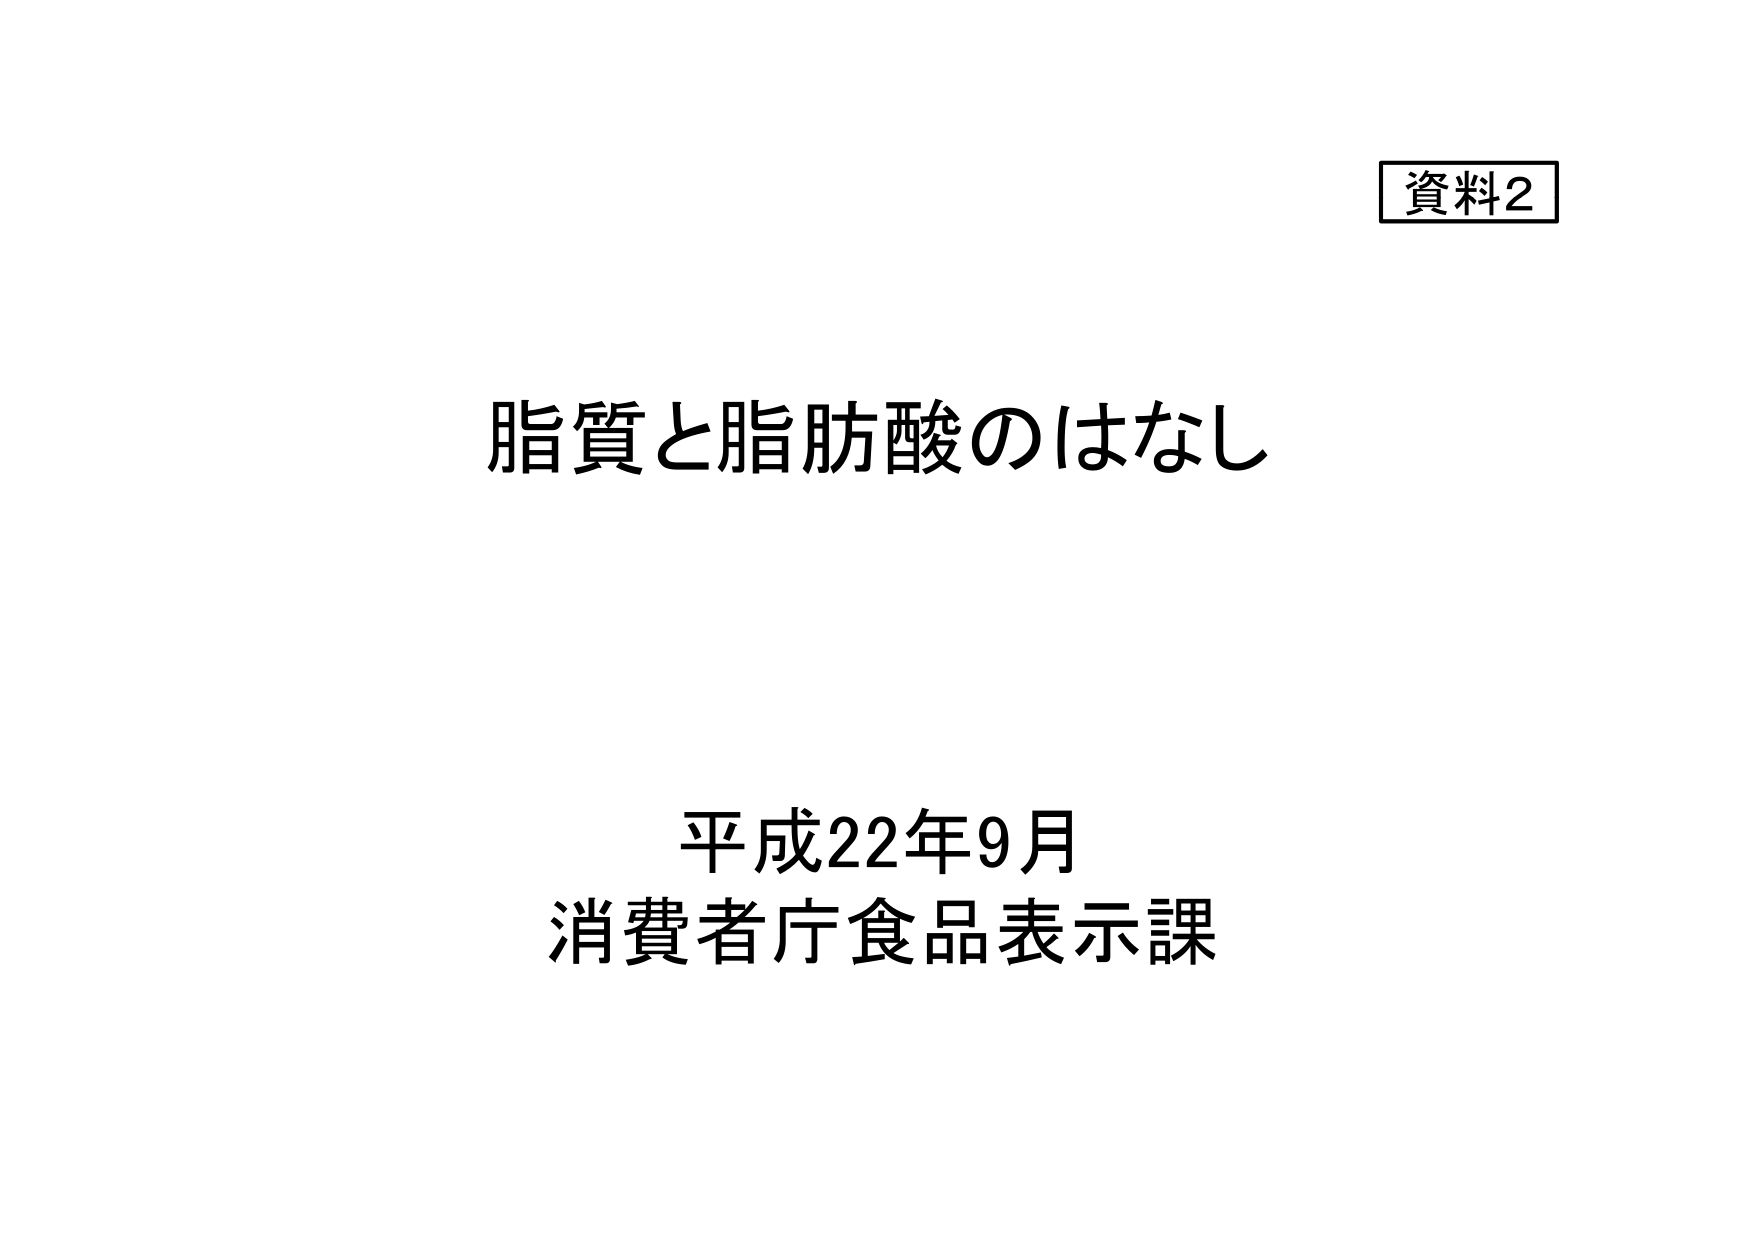
資料2
脂質と脂肪酸のはなし
平成22年9月
消費者庁食品表示課